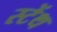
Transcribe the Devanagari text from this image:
स्‍टेंथ